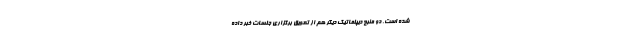
شده است. دو منبع دیپلماتیک دیگر هم از تعویق برگزاری جلسات خبر داده